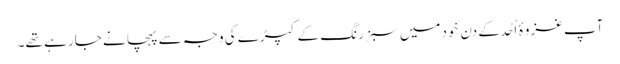
آپ غزوۂ اُحُد کے دن خَودمیں سبز رنگ کے کپڑے کی وجہ سے پہچانے جا رہے تھے۔